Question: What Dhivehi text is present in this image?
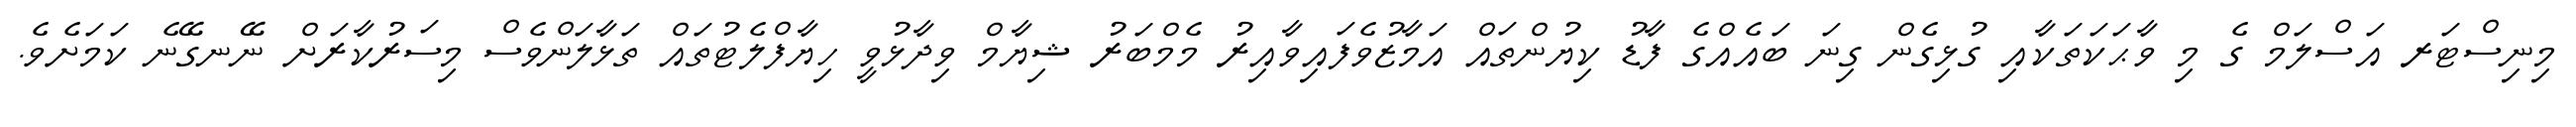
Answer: މިނިސްޓަރ އަސްލަމް ގެ މި ވާޙަކަތަކާއި ގުޅިގެން ގިނަ ބައެއްގެ ފާޑު ކިޔުންތައް އަމާޒުވެފައިވާއިރު މެމްބަރު ޝިޔާމް ވިދާޅުވީ ހިޔާފްލެޓުތައް ތަޅާލަންވެސް މިސަރުކާރަށް ނޭނގޭނެ ކަމަށެވެ.